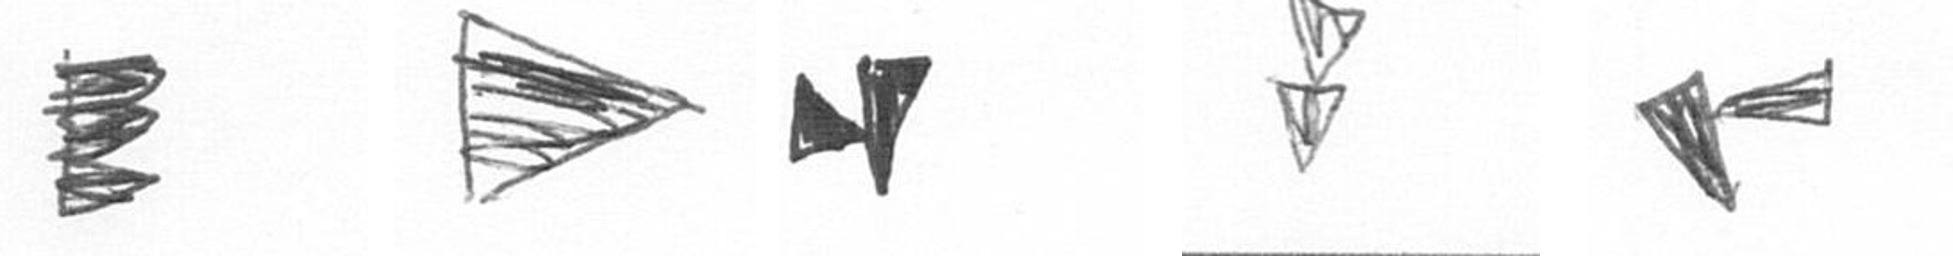
H T M Z F